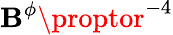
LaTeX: \mathbf{B}^{\phi}\proptor^{-4}